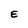
Character: E